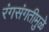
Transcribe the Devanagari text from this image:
रंगसंगतीमुळे